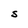
Character: S